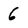
Character: 6